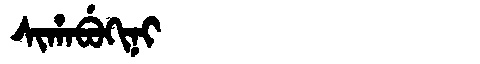
Manchu: ᠰᡳᡥᠠᠪᡠᡴᡳᠨᡳ
Romanization: SIHABUKINI